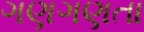
ગણગણતા